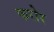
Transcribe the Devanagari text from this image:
फरोर